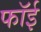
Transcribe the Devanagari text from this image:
फॉई